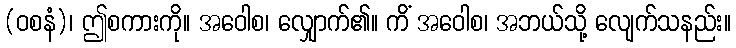
(ဝစနံ)၊ ဤစကားကို။ အဝေါစ၊ လျှောက်၏။ ကိံ အဝေါစ၊ အဘယ်သို့ လျေက်သနည်း။